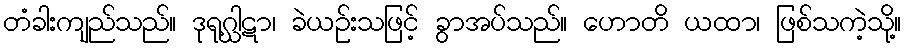
တံခါးကျည်သည်။ ဒုရုဂ္ဃါဋာ၊ ခဲယဉ်းသဖြင့် ခွာအပ်သည်။ ဟောတိ ယထာ၊ ဖြစ်သကဲ့သို့။